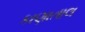
કાણાતાલ